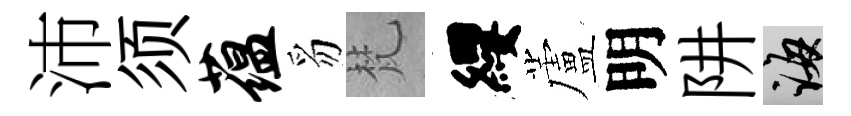
沛须蕴豸梵纓蘆明阱誨